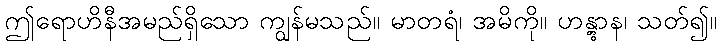
ဤရောဟိနီအမည်ရှိသော ကျွန်မသည်။ မာတရံ၊ အမိကို။ ဟန္တွာန၊ သတ်၍။